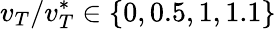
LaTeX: v_{T}/v_{T}^{*}\in\{ 0,0.5,1,1.1\}